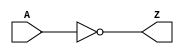
module IV
( 
  A,
  Z
);
  input A;
  output Z;
  assign Z = ~A;
endmodule